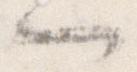
へ